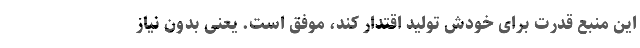
این منبع قدرت برای خودش تولید اقتدار کند، موفق است. یعنی بدون نیاز